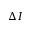
\Delta I